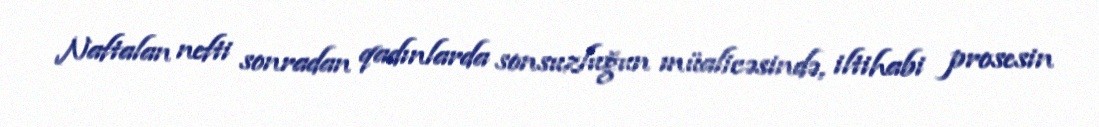
Naftalan nefti sonradan qadınlarda sonsuzluğun müalicəsində, iltihabi prosesin